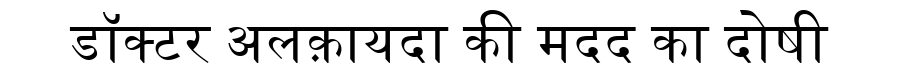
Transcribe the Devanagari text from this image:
डॉक्टर अलक़ायदा की मदद का दोषी